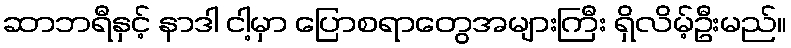
ဆာဘရီနှင့် နာဒါ ငါ့မှာ ပြောစရာတွေအများကြီး ရှိလိမ့်ဦးမည်။